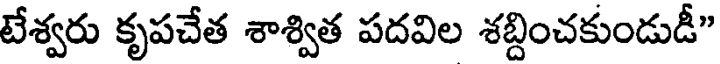
టేశ్వరు కృపచేత శాశ్విత పదవిల శబ్దించకుండుడీ"